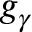
g _ { \gamma }